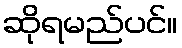
ဆိုရမည်ပင်။